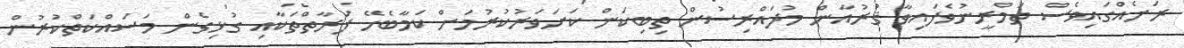
ރަށެއްގައިވެސް ތަމްރީނުވެފައިވާ ޤުރުއާން މުދައްރިސުން ތިބިކަން ކަށަވަރުކުރުމަށް ކަމާބެހޭ ފަރާތްތަކާއި ގުޅިގެން މަސައްކަތްކުރުން